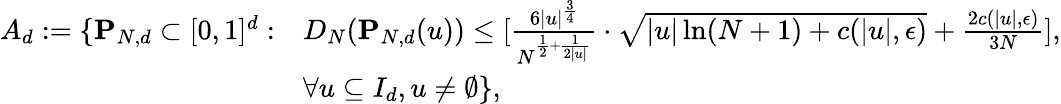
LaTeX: \begin{array}{rl}{A_{d}:=\{ \mathbf{P}_{N,d}\subset[0,1]^{d}:}&{D_{N}(\mathbf{P}_{N,d}(u))\leq[\frac{6|u|^{\frac{3}{4}}}{N^{\frac{1}{2}+\frac{1}{2|u|}}}\cdot\sqrt{|u|\ln(N+1)+c(|u|,\epsilon)}+\frac{2c(|u|,\epsilon)}{3N}],}\\ &{\forall u\subseteq I_{d},u\neq\emptyset\} ,}\end{array}